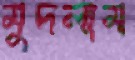
মুদলাম